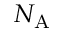
N _ { \mathrm { A } }